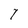
Character: 7